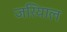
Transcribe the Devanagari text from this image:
जरियाल